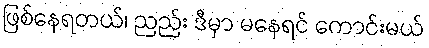
ဖြစ်နေရတယ်၊ ညည်း ဒီမှာ မနေရင် ကောင်းမယ်